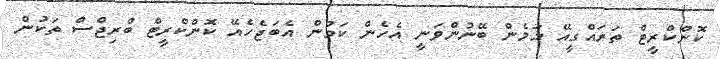
ކޮންކްރީޓް ތަރައްގީއޭ މަމެން ބޭނުންވަނީ އެހެން ކަމުން އެބަޖެހެއޭ ކޮންކްރީޓް ބްރިޖްސް ތަކުން